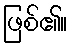
ဖြစ်၏။